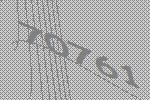
70761